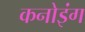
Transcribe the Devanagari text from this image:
कनोइंग